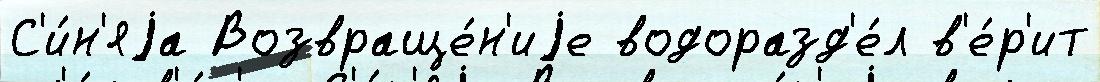
С'и́н'яjа Возвраще́н'иjе водоразд'е́л в'е́р'ит